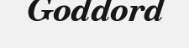
Goddord